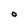
Character: O